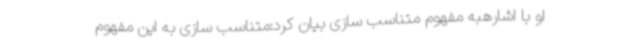
او با اشارهبه مفهوم متناسب سازی بیان کرد:متناسب سازی به این مفهوم